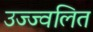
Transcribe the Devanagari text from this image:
उज्ज्वलित